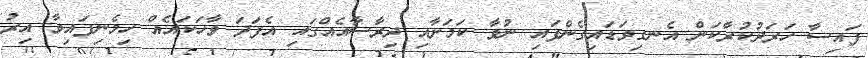
ފައިސާ ހަރަދުކުރާކަން އެނގިވަޑައިގެންފައި ނުވާ ކަމަށާއި ދިރާސާއެއްގައި އެފަދަ ވާހަކައެއް ހިމެނިފައިވާ އިރު